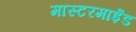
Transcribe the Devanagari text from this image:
मास्टरमाईंड